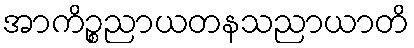
အာကိဉ္စညာယတနသညာယာတိ